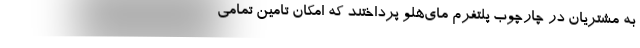
به مشتریان در چارچوب پلتفرم مای‌هلو پرداختند که امکان تامین تمامی